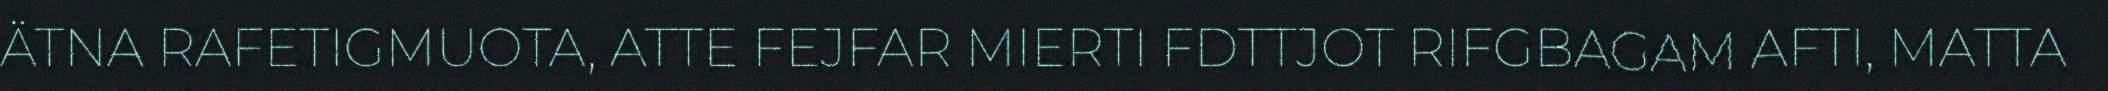
ÄTNA RAFETIGMUOTA, ATTE FEJFAR MIERTI FDTTJOT RIFGBAGAM AFTI, MATTA